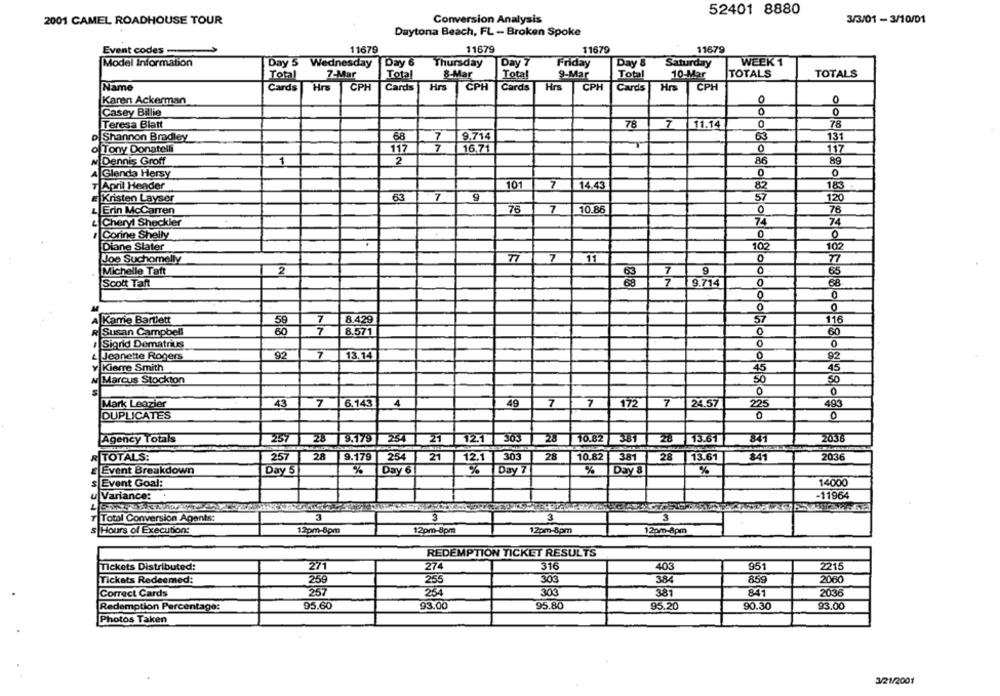
52401 8880
2001 CAMEL ROADHOUSE TOUR
Conversion Analysis
3/3/01 - 3/10/01
Daytona Beach, FL - Broken Spoke
Event codes
11679
11679
11679
11679
Model Information
Day 5 Wednesday
Day 6
Thursday
Day 7
Friday
Day 8
Saturday
WEEK 1
Total
7-Mar
Total
8-Mar
Total
9-Mar
Total
10-Mar
TOTALS
TOTALS
Name
Cards
Hrs
CPH
Cards
Hrs
CPH
Cards
Hrs
CPH
Cards
Hrs
CPH
Karen Ackerman
0
Casey Billie
0
0
Teresa Blatt
78
7
11.14
78
p Shannon Bradley
68
9.714
63
131
Tony Donatelli
117
16,71
0
117
1
86
Dennis Groff
2
89
Glenda Hersy
0
0
April Header
101
7
14.43
82
183
Kristen Layser
63
7
9
57
120
76
7
10.86
Erin McCarren
76
Cheryl Sheckler
74
74
Corine Shelly
0
Diane Slater
102
102
7
0
Joe Suchomelly
11
Michelle Taft
2
0
65
9
Scott Taft
9.714
0
0
0
0
7
8.429
57
116
A Kamie Bartlett
59
R Susan Campbell
60
7
8.571
0
60
Sigrid Dematrius
0
92
7
13.14
Jeanette Rogers
92
Kierre Smith
45
45
Marcus Stockton
50
50
0
Mark Leazier
43
7
6.143
4
49
7
7
172
7
24.57
49
225
DUPLICATES
0
0
Agency Totals
257 28 9.79
363
10.82 381
28
2036
254
12.1
13.61
R TOTALS:
257
28
9.179
254
21
12.1
303
28
10.82
381
28
13.61
2036
Event Breakdown
Day 5
%
Day 6
%
Day 7
%
Day &
s Event Goal:
14000
Variance:
-11964
Total Conversion Agents:
3
3
3
3
12pm-8pm
s Hours of Execution:
12pm-8pm
12pm-8pm
12pm-8pm
REDEMPTION TICKET RESULTS
Tickets Distributed:
271
274
316
403
951
2215
Tickets Redeemed:
259
255
303
384
859
2060
257
254
303
381
841
2036
Correct Cards
93.00
95.80
95.20
90.30
Redemption Percentage:
95.60
93.00
Photos Taken
3/21/2001